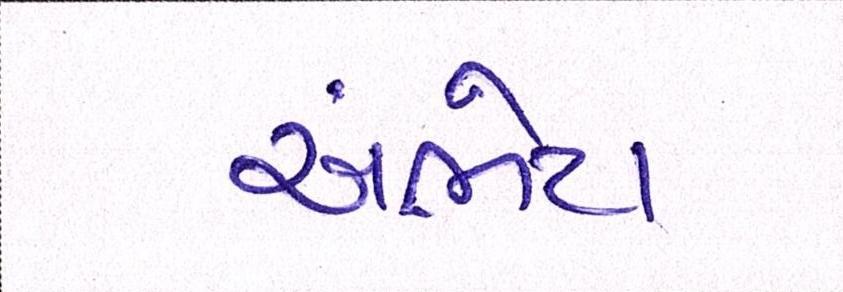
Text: અંભેટા